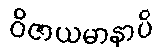
ဝိဇာယမာနာပိ